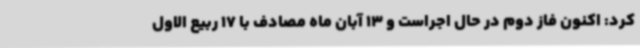
کرد: اکنون فاز دوم در حال اجراست و 13 آبان ماه مصادف با 17 ربیع الاول